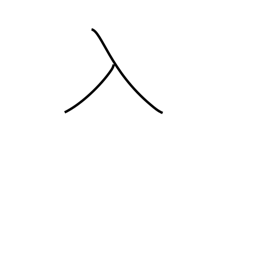
Meaning: enter